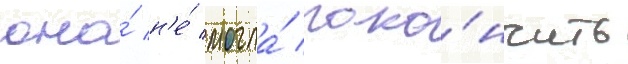
она́ н'е́ могла́ поко́нчить